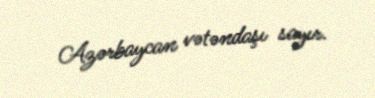
Azərbaycan vətəndaşı sayır.